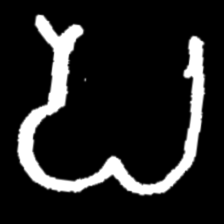
Pyu character \u2014 Myanmar letter: ပ (romanized: pa)